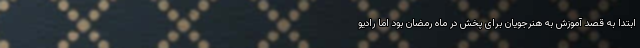
ابتدا به قصد آموزش به هنرجویان برای پخش در ماه رمضان بود اما رادیو